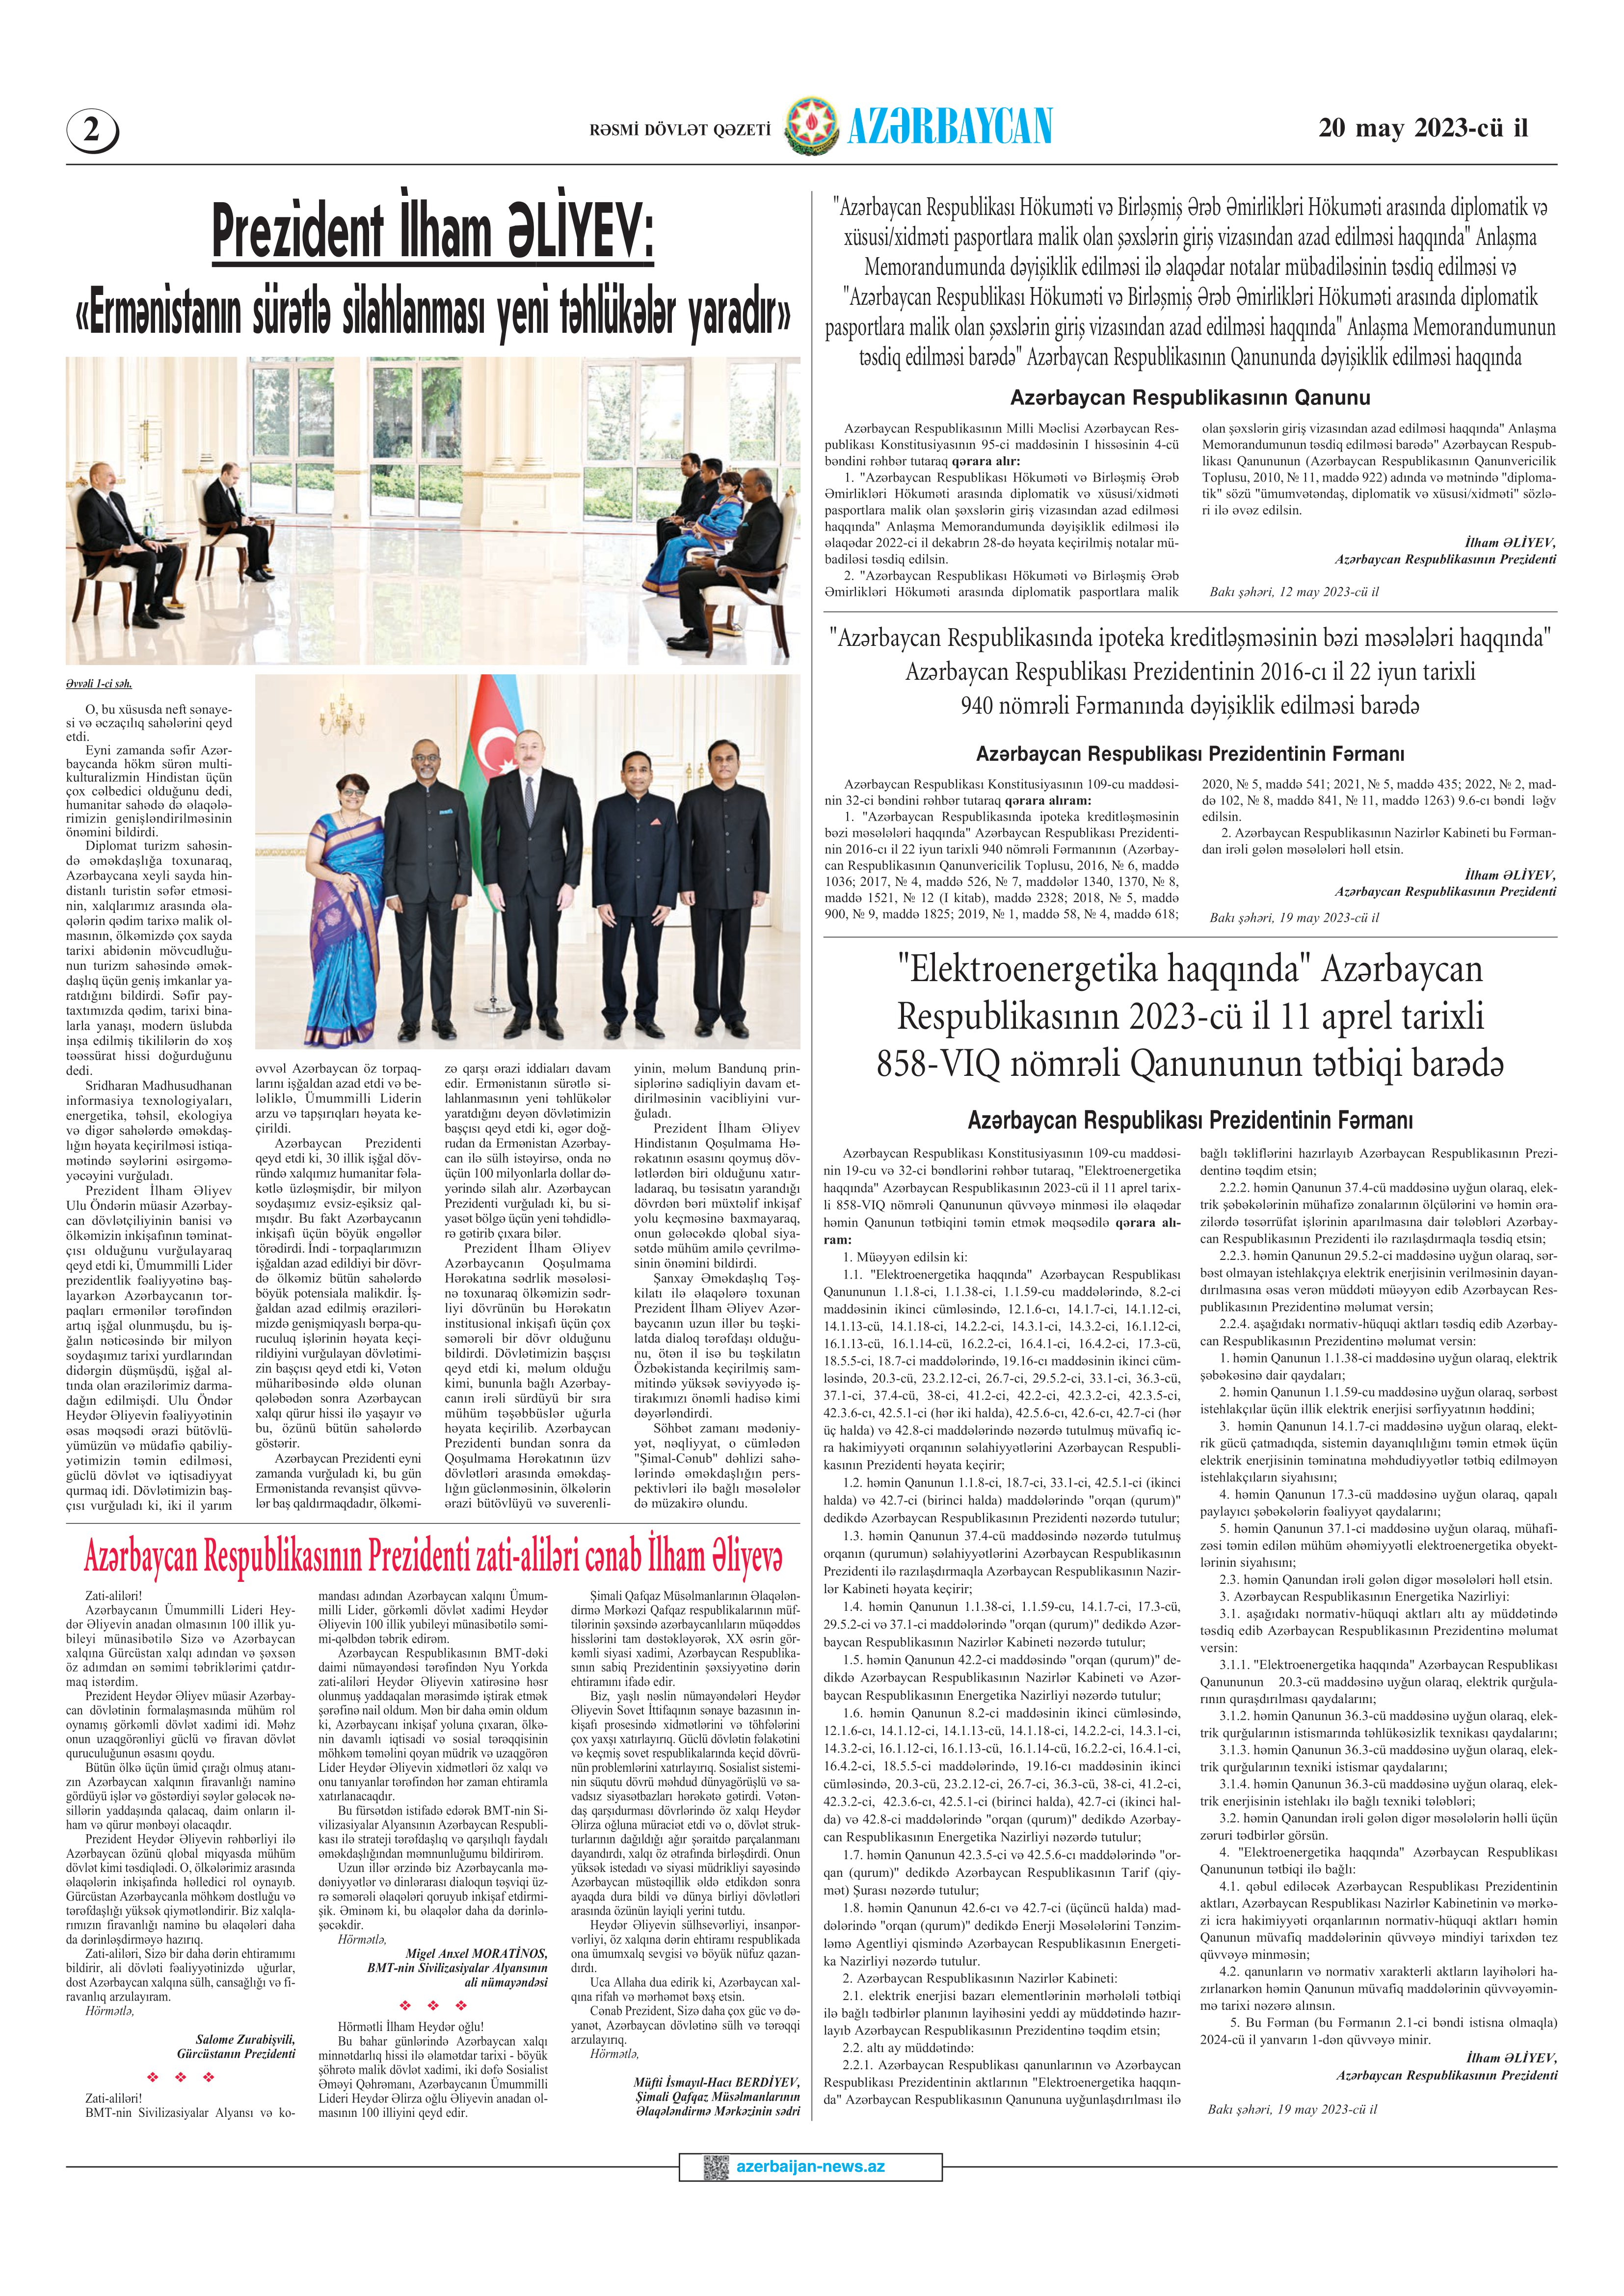
Language: az